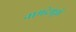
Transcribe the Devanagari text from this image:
नामदेमुन्नों